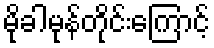
မိုခါမုန်တိုင်းကြောင့်